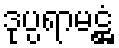
ဒုပ္ပရာမဋ္ဌံ